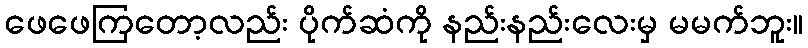
ဖေဖေကြတော့လည်း ပိုက်ဆံကို နည်းနည်းလေးမှ မမက်ဘူး။